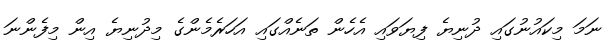
ނަމަ މިކައުނުގައި ދުނިޔެ ފިޔަވައި އެހެން ތަނެއްގައި އަހަރެމެންގެ މިދުނިޔެ އިން މިފެންނަ